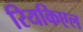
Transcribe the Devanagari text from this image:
रियकिएल